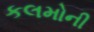
કલમોની